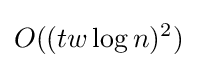
O((tw\log n)^{2})